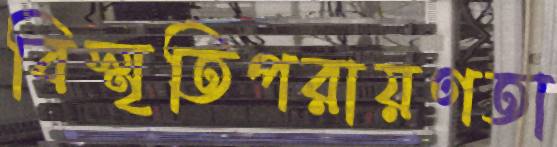
বিস্মৃতিপরায়ণতা